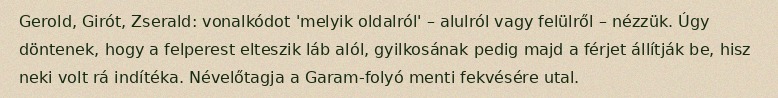
Gerold, Girót, Zserald: vonalkódot 'melyik oldalról' – alulról vagy felülről – nézzük. Úgy döntenek, hogy a felperest elteszik láb alól, gyilkosának pedig majd a férjet állítják be, hisz neki volt rá indítéka. Névelőtagja a Garam-folyó menti fekvésére utal.